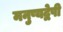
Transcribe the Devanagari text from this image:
मनुष्यद्वेषी